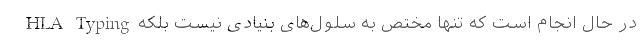
HLA Typing در حال انجام است كه تنها مختص به سلول‌های بنیادی نیست بلكه